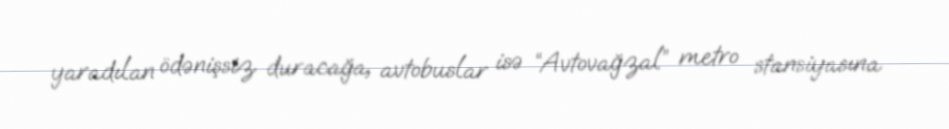
yaradılan ödənişsiz duracağa, avtobuslar isə “Avtovağzal” metro stansiyasına